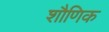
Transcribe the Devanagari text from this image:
शौणिक